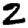
Digit: 2